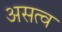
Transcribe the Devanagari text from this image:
असत्व